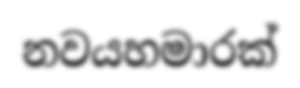
නවයහමාරක්